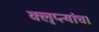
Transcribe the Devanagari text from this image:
क्लृप्त्यांचा